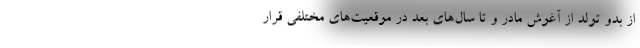
از بدو تولد از آغوش مادر و تا سال‌های بعد در موقعیت‌های مختلفی قرار